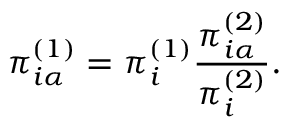
\pi _ { i \alpha } ^ { ( 1 ) } = \pi _ { i } ^ { ( 1 ) } \frac { \pi _ { i \alpha } ^ { ( 2 ) } } { \pi _ { i } ^ { ( 2 ) } } .